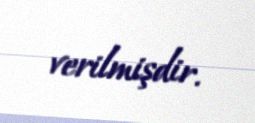
verilmişdir.